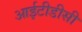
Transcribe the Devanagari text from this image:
आईटीडीसी